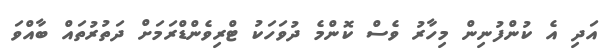
އަދި އެ ކުންފުނިން މިހާރު ވެސް ކޮންމެ ދުވަހަކު ޓްރިވެންޑްރަމަށް ދަތުރުތައް ބާއްވަ